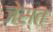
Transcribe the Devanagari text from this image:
जेस्त